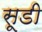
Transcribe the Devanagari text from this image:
सूडी